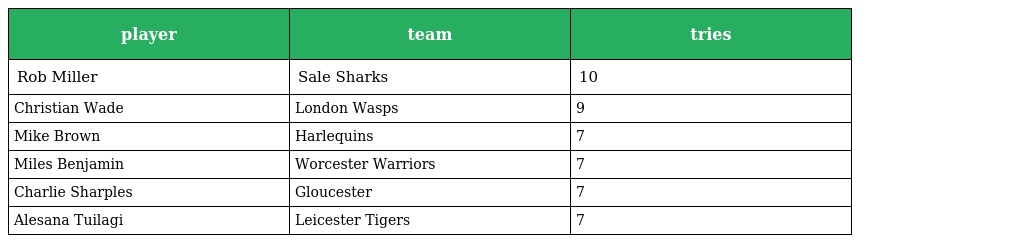
| player | team | tries |
 | --- | --- | --- |
 | Rob Miller | Sale Sharks | 10 |
 | Christian Wade | London Wasps | 9 |
 | Mike Brown | Harlequins | 7 |
 | Miles Benjamin | Worcester Warriors | 7 |
 | Charlie Sharples | Gloucester | 7 |
 | Alesana Tuilagi | Leicester Tigers | 7 |